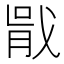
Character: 𭟶